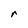
Character: r